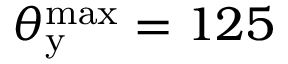
\theta _ { \mathrm { y } } ^ { \mathrm { m a x } } = 1 2 5